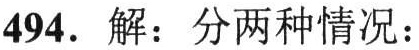
494. 解：分两种情况：